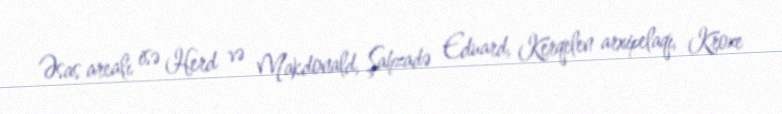
Əsas arealı isə Herd və Makdonald, Şahzadə Eduard, Kerqelen arxipelaqı, Kroze